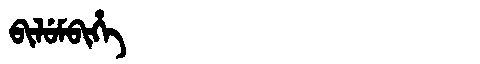
Manchu: ᠪᡳᠯᡠᠮᠪᡳᡥᡝ
Romanization: BILUMBIHE